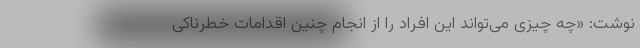
نوشت: «چه چیزی می‌تواند این افراد را از انجام چنین اقدامات خطرناکی